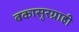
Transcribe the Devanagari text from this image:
बकासुरग्राही